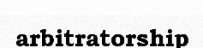
arbitratorship